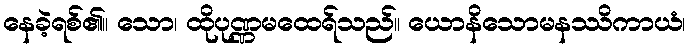
နေခဲ့ရစ်၏။ သော၊ ထိုပုဏ္ဏမထေရ်သည်။ ယောနိသောမနဿိကာယံ၊